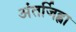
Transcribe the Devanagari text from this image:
अंतर्जिह्वा